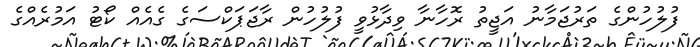
ފުލުހުންގެ ތަރުޖަމާނު އަޖީތު ރޮހާނާ ވިދާޅުވީ ފުލުހުން ރާޖަޕަކްސަގެ ގެއެއް ކޯޓު އަމުރެއްގެ